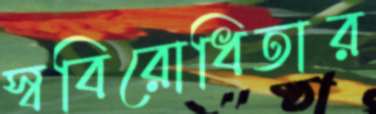
স্ববিরোধিতার